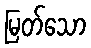
မြတ်သော